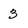
Character: 3